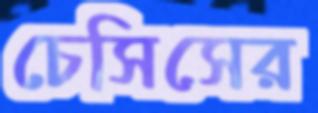
চেসিসের